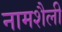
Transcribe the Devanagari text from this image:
नामशैली